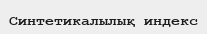
Синтетикалылық индекс